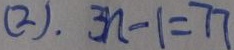
( 2 ) . 3 n - 1 = 7 7